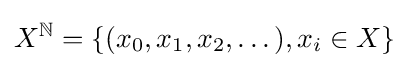
X^{\mathbb {N} }=\{(x_{0},x_{1},x_{2},\dots ),x_{i}\in X\}